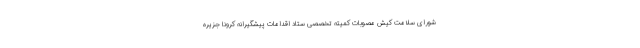
شورای سلامت کیش مصوبات کمیته تخصصی ستاد اقدامات پیشگیرانه کرونا جزیره